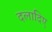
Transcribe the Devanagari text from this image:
दलादिए